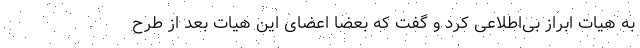
به هیات ابراز بی‌اطلاعی کرد و گفت که بعضا اعضای این هیات بعد از طرح